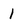
Character: 1